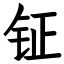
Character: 钲